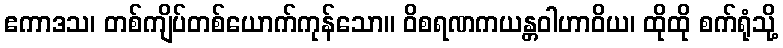
ဧကာဒသ၊ တစ်ကျိပ်တစ်ယောက်ကုန်သော။ ဝိစရဏကယန္တဝါဟာဝိယ၊ ထိုထို စက်ရုံသို့